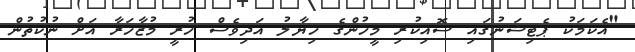
"އެކަމަކު ޕެޓިޝަނުގައި ސޮއިކުރި މީހުންގެ ހިޔާލު އަދިވެސް ހުރީ މުޒާހަރާ އަށް ނުކުތުން